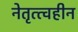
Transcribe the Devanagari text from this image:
नेतृत्त्वहीन